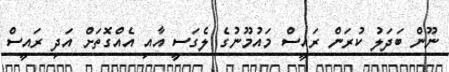
ނޫން ބަދަލު ކުރަން ރައީސް މައުމޫނުގެ ލެގަސީ އާއި އެއްގޮތަށް އަދި ރައީސް